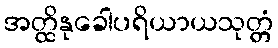
အတ္ထိနုခေါပရိယာယသုတ္တံ